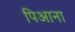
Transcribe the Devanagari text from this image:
पिआना